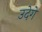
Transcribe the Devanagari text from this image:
उदेगे